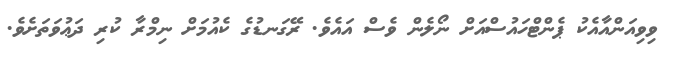
ވިވިއަންއާއެކު ޕެންޓްހައުސްއަށް ނޯލެން ވެސް އައެވެ. ރޭގަނޑުގެ ކެއުމަށް ނިމްރާ ކުރި ދަޢުވަތަށެވެ.